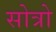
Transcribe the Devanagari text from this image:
सोत्रो